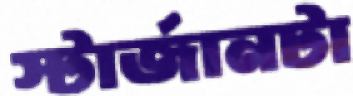
স্টার্জানটা